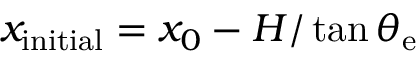
x _ { \mathrm { { i n i t i a l } } } = x _ { 0 } - H / \tan \theta _ { \mathrm { { e } } }